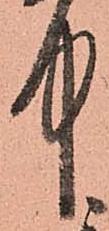
中